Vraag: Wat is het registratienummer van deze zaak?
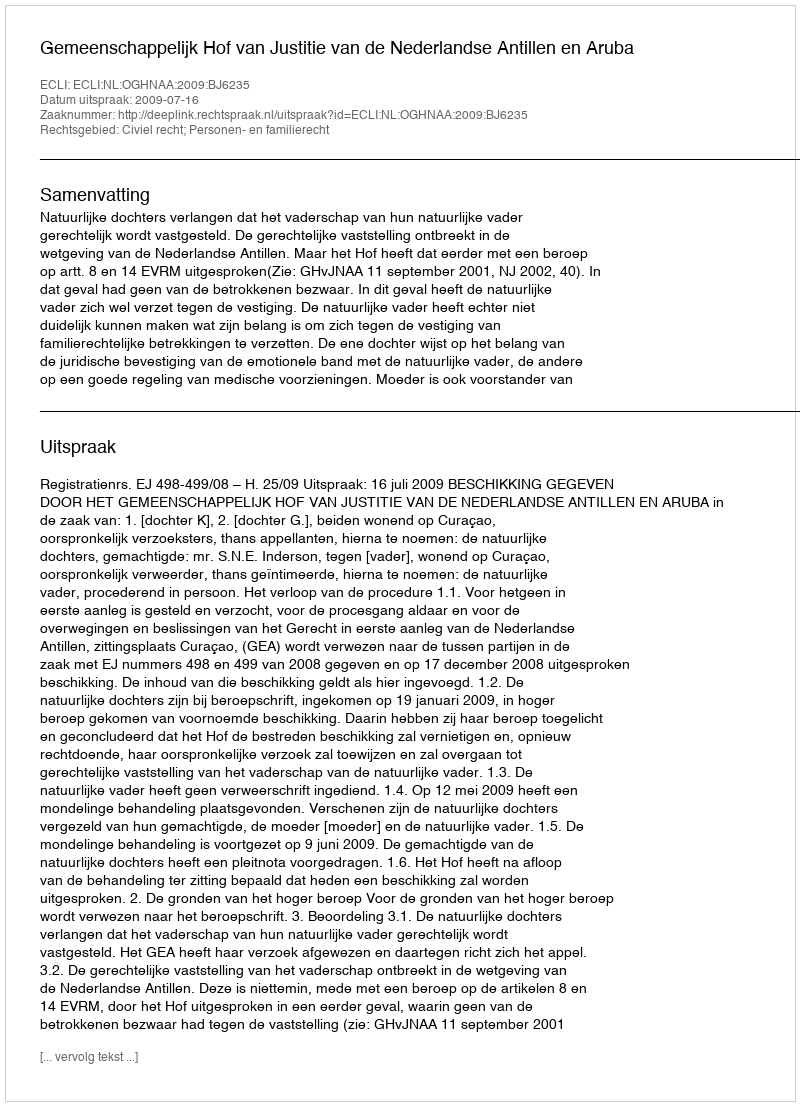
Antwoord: http://deeplink.rechtspraak.nl/uitspraak?id=ECLI:NL:OGHNAA:2009:BJ6235